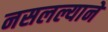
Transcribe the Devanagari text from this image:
नसलल्याने